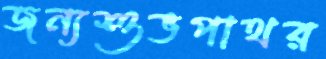
জন্যশুভপাথর